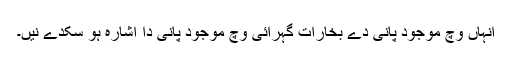
انہاں وچ موجود پانی دے بخارات گہرائی وچ موجود پانی دا اشارہ ہو سکدے نيں۔